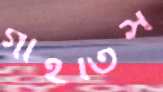
গাইতিস